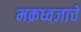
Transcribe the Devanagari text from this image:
मक्रध्वजाचे